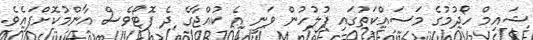
ޝައިމް ހޯދުމުގެ މަސައްކަތުގައި ފުލުހުން ވަނީ އެ ކުއްޖާގެ ދެ ފޮޓޯވެސް އާންމުކޮށްފައެވެ.